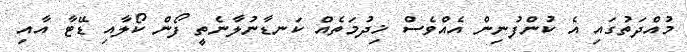
މުއްދަތުގައި އެ ކުންފުނިން އެއްވެސް ޚިދުމަތެއް ކަނޑާނުލާނެތީ ފޯން ކޯލާއި ޑޭޓާ އާއި